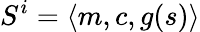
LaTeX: S^{i}=\langle m,c,g(s)\rangle